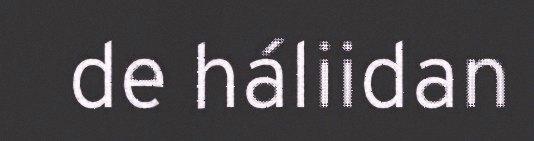
de háliidan